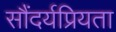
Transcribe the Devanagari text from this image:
सौंदर्यप्रियता